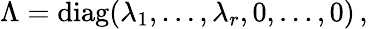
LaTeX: \begin{array}{r}{\Lambda=\mathrm{diag}(\lambda_{1},\dots,\lambda_{r},0,\dots,0)\, ,}\end{array}